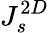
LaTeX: J_{s}^{2D}